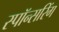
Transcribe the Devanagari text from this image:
स्पॉन्सरिंग